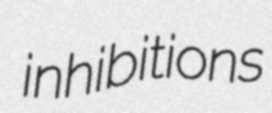
inhibitions